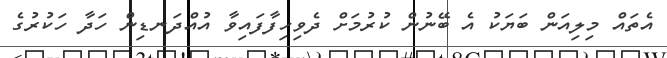
އެތައް މިލިއަން ބަޔަކު އެ ބޭނުން ކުރުމަށް ދެވިހިފާފައިވާ އުއްދަނޑިން ހަދާ ހަކުރުގެ